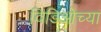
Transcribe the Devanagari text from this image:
विडिओच्या